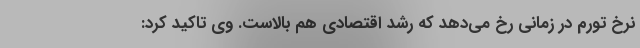
نرخ تورم در زمانی رخ می‌دهد که رشد اقتصادی هم بالاست. وی تاکید کرد: